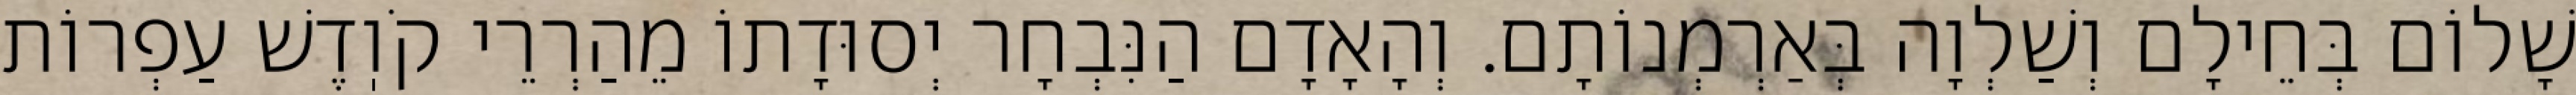
שָׁלוֹם בְּחֵילָם וְשַׁלְוָה בְּאַרְמְנוֹתָם. וְהָאָדָם הַנִּבְחָר יְסוּדָתוֹ מֵהַרְרֵי קֹוֽדֶשׁ עַפְרוֹת